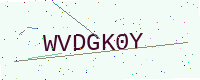
Text: WVDGK0Y